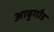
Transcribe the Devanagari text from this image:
आबुगौड